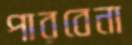
পারবেনা